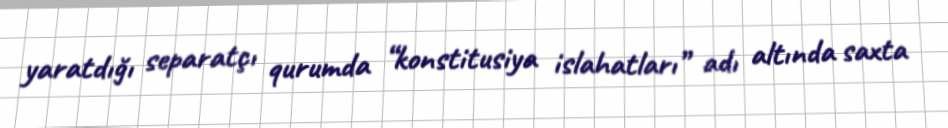
yaratdığı separatçı qurumda “konstitusiya islahatları” adı altında saxta